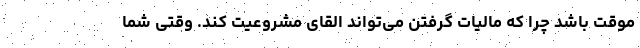
موقت باشد چرا که مالیات گرفتن می‌تواند القای مشروعیت کند. وقتی شما